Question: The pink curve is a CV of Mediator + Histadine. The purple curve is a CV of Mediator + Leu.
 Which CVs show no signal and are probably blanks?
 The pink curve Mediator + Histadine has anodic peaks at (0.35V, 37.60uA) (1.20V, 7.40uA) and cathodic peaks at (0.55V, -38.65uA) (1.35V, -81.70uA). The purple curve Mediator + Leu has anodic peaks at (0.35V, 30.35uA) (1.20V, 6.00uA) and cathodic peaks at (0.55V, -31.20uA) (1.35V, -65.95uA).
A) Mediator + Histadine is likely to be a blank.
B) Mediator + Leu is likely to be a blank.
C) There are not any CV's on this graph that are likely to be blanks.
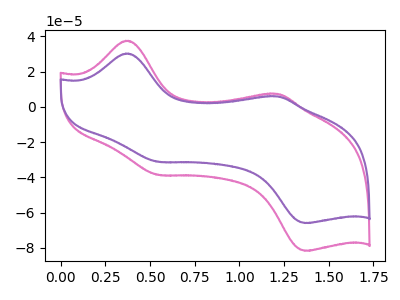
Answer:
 <answer>C) There are not any CV's on this graph that are likely to be blanks.</answer>
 <eval>C</eval>